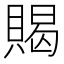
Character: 𲂲